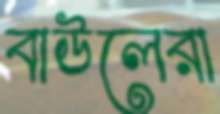
বাউলেরা